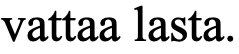
vattaa lasta.